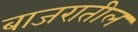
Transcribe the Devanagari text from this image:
बाजरातील